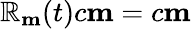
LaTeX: \mathbb{R}_{\mathbf{m}}(t)c{\mathbf{m}}=c{\mathbf{m}}